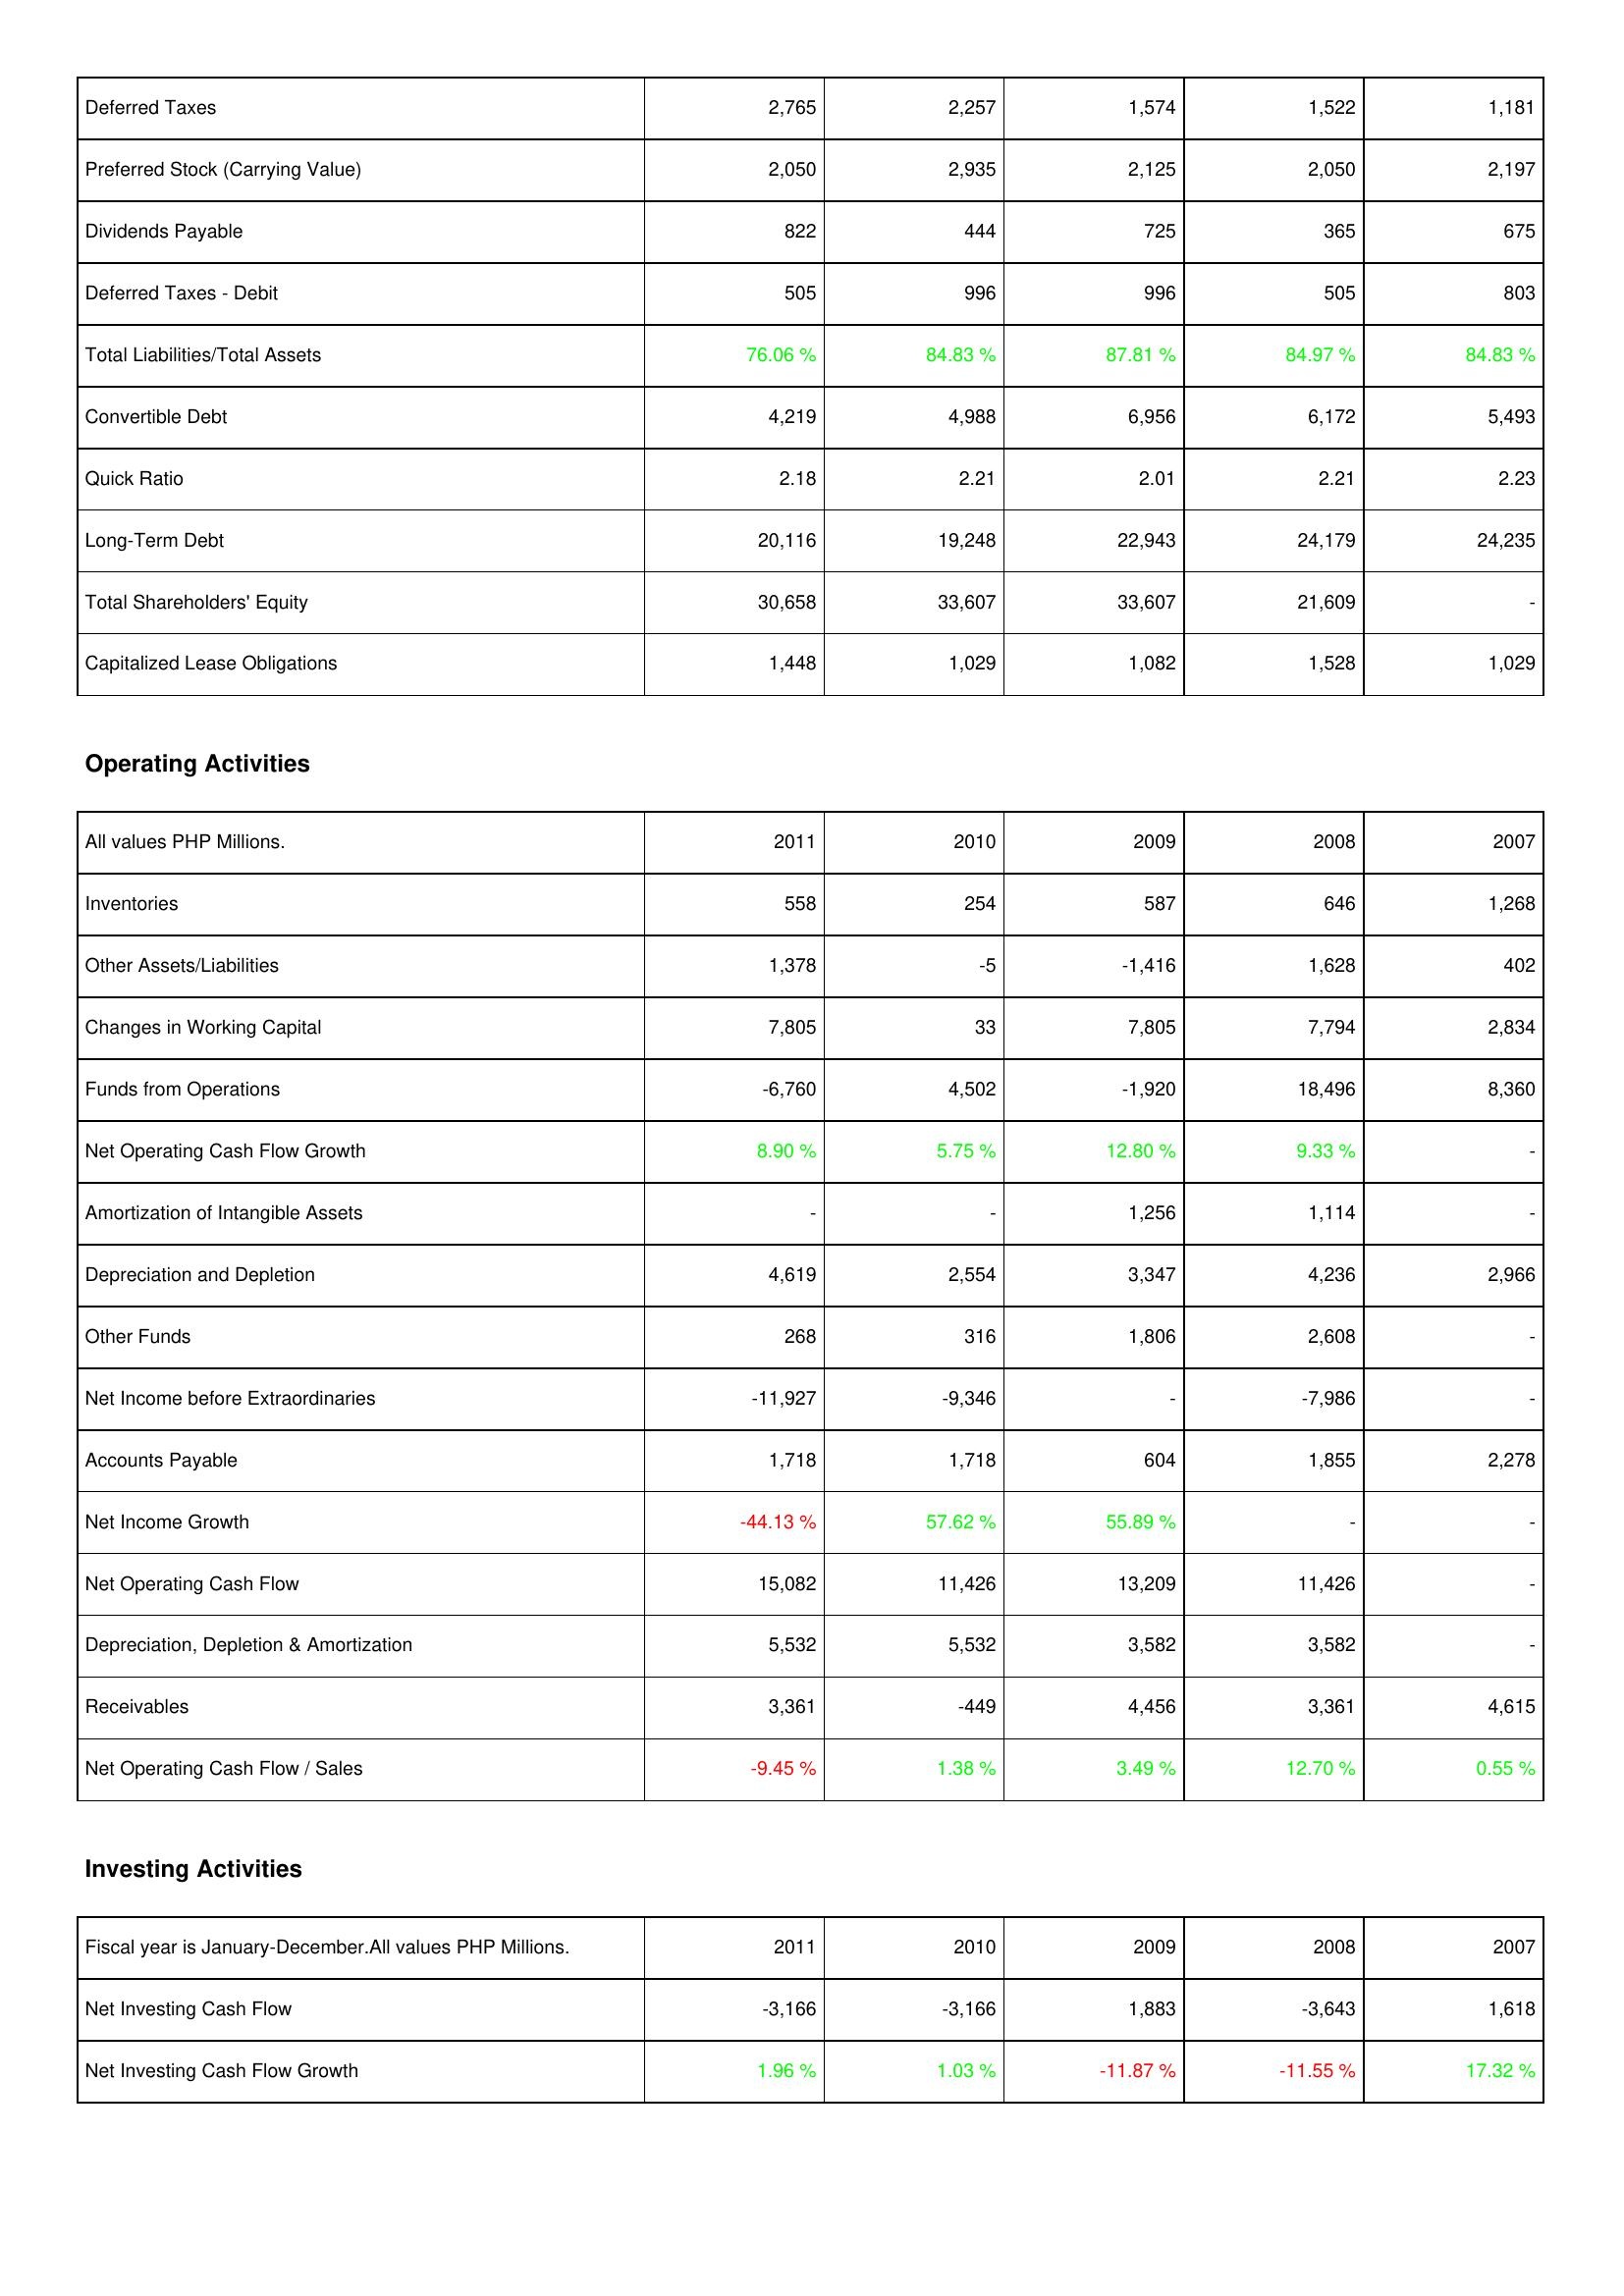
2011: Liabilities & Shareholders' Equity: Deferred Taxes: 2,765
Preferred Stock (Carrying Value): 2,050
Dividends Payable: 822
Deferred Taxes - Debit: 505
Total Liabilities/Total Assets: 76.06 %
Convertible Debt: 4,219
Quick Ratio: 2.18
Long-Term Debt: 20,116
Total Shareholders' Equity: 30,658
Capitalized Lease Obligations: 1,448
Operating Activities: Inventories: 558
Other Assets/Liabilities: 1,378
Changes in Working Capital: 7,805
Funds from Operations: -6,760
Net Operating Cash Flow Growth: 8.90 %
Amortization of Intangible Assets: -
Depreciation and Depletion: 4,619
Other Funds: 268
Net Income before Extraordinaries: -11,927
Accounts Payable: 1,718
Net Income Growth: -44.13 %
Net Operating Cash Flow: 15,082
Depreciation, Depletion & Amortization: 5,532
Receivables: 3,361
Net Operating Cash Flow / Sales: -9.45 %
Investing Activities: Net Investing Cash Flow: -3,166
Net Investing Cash Flow Growth: 1.96 %
2010: Liabilities & Shareholders' Equity: Deferred Taxes: 2,257
Preferred Stock (Carrying Value): 2,935
Dividends Payable: 444
Deferred Taxes - Debit: 996
Total Liabilities/Total Assets: 84.83 %
Convertible Debt: 4,988
Quick Ratio: 2.21
Long-Term Debt: 19,248
Total Shareholders' Equity: 33,607
Capitalized Lease Obligations: 1,029
Operating Activities: Inventories: 254
Other Assets/Liabilities: -5
Changes in Working Capital: 33
Funds from Operations: 4,502
Net Operating Cash Flow Growth: 5.75 %
Amortization of Intangible Assets: -
Depreciation and Depletion: 2,554
Other Funds: 316
Net Income before Extraordinaries: -9,346
Accounts Payable: 1,718
Net Income Growth: 57.62 %
Net Operating Cash Flow: 11,426
Depreciation, Depletion & Amortization: 5,532
Receivables: -449
Net Operating Cash Flow / Sales: 1.38 %
Investing Activities: Net Investing Cash Flow: -3,166
Net Investing Cash Flow Growth: 1.03 %
2009: Liabilities & Shareholders' Equity: Deferred Taxes: 1,574
Preferred Stock (Carrying Value): 2,125
Dividends Payable: 725
Deferred Taxes - Debit: 996
Total Liabilities/Total Assets: 87.81 %
Convertible Debt: 6,956
Quick Ratio: 2.01
Long-Term Debt: 22,943
Total Shareholders' Equity: 33,607
Capitalized Lease Obligations: 1,082
Operating Activities: Inventories: 587
Other Assets/Liabilities: -1,416
Changes in Working Capital: 7,805
Funds from Operations: -1,920
Net Operating Cash Flow Growth: 12.80 %
Amortization of Intangible Assets: 1,256
Depreciation and Depletion: 3,347
Other Funds: 1,806
Net Income before Extraordinaries: -
Accounts Payable: 604
Net Income Growth: 55.89 %
Net Operating Cash Flow: 13,209
Depreciation, Depletion & Amortization: 3,582
Receivables: 4,456
Net Operating Cash Flow / Sales: 3.49 %
Investing Activities: Net Investing Cash Flow: 1,883
Net Investing Cash Flow Growth: -11.87 %
2008: Liabilities & Shareholders' Equity: Deferred Taxes: 1,522
Preferred Stock (Carrying Value): 2,050
Dividends Payable: 365
Deferred Taxes - Debit: 505
Total Liabilities/Total Assets: 84.97 %
Convertible Debt: 6,172
Quick Ratio: 2.21
Long-Term Debt: 24,179
Total Shareholders' Equity: 21,609
Capitalized Lease Obligations: 1,528
Operating Activities: Inventories: 646
Other Assets/Liabilities: 1,628
Changes in Working Capital: 7,794
Funds from Operations: 18,496
Net Operating Cash Flow Growth: 9.33 %
Amortization of Intangible Assets: 1,114
Depreciation and Depletion: 4,236
Other Funds: 2,608
Net Income before Extraordinaries: -7,986
Accounts Payable: 1,855
Net Income Growth: -
Net Operating Cash Flow: 11,426
Depreciation, Depletion & Amortization: 3,582
Receivables: 3,361
Net Operating Cash Flow / Sales: 12.70 %
Investing Activities: Net Investing Cash Flow: -3,643
Net Investing Cash Flow Growth: -11.55 %
2007: Liabilities & Shareholders' Equity: Deferred Taxes: 1,181
Preferred Stock (Carrying Value): 2,197
Dividends Payable: 675
Deferred Taxes - Debit: 803
Total Liabilities/Total Assets: 84.83 %
Convertible Debt: 5,493
Quick Ratio: 2.23
Long-Term Debt: 24,235
Total Shareholders' Equity: -
Capitalized Lease Obligations: 1,029
Operating Activities: Inventories: 1,268
Other Assets/Liabilities: 402
Changes in Working Capital: 2,834
Funds from Operations: 8,360
Net Operating Cash Flow Growth: -
Amortization of Intangible Assets: -
Depreciation and Depletion: 2,966
Other Funds: -
Net Income before Extraordinaries: -
Accounts Payable: 2,278
Net Income Growth: -
Net Operating Cash Flow: -
Depreciation, Depletion & Amortization: -
Receivables: 4,615
Net Operating Cash Flow / Sales: 0.55 %
Investing Activities: Net Investing Cash Flow: 1,618
Net Investing Cash Flow Growth: 17.32 %